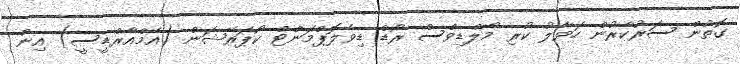
ގޮތުން ސަރުކާރުން ހަވާލު ކުރި މޯލްޑިވްސް ރޯޑް ޑިވެލޮޕްމަންްޓް ކޯޕަރޭޝަން (އެމްއާރްޑީސީ) އިން